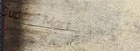
Super Mart